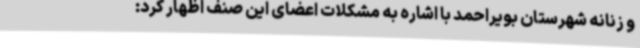
و زنانه شهرستان بویراحمد با اشاره به مشکلات اعضای این صنف اظهار کرد: